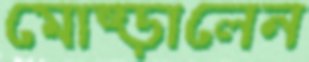
মোষ্‌ড়ালেন